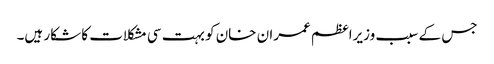
جس کے سبب وزیراعظم عمران خان کو بہت سی مشکلات کا شکار ہیں۔